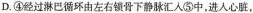
D.④经过淋巴循环由左右锁骨下静脉汇入⑤中，进人心脏，